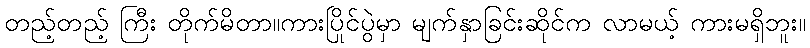
တည့်တည့် ကြီး တိုက်မိတာ။ကားပြိုင်ပွဲမှာ မျက်နှာခြင်းဆိုင်က လာမယ့် ကားမရှိဘူး။